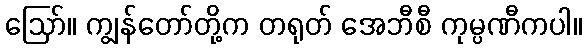
ဪ။ ကျွန်တော်တို့က တရုတ် အေဘီစီ ကုမ္ပဏီကပါ။